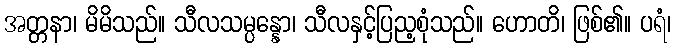
အတ္တနာ၊ မိမိသည်။ သီလသမ္ပန္နော၊ သီလနှင့်ပြည့စုံသည်။ ဟောတိ၊ ဖြစ်၏။ ပရံ၊